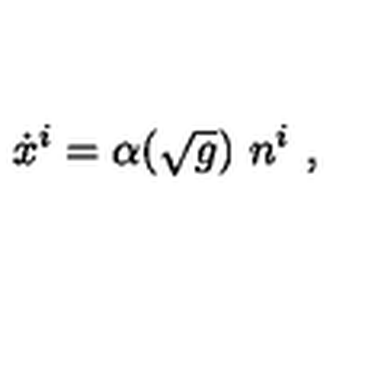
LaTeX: \dot { x } ^ { i } = \alpha ( \sqrt { g } ) \ n ^ { i } \ ,